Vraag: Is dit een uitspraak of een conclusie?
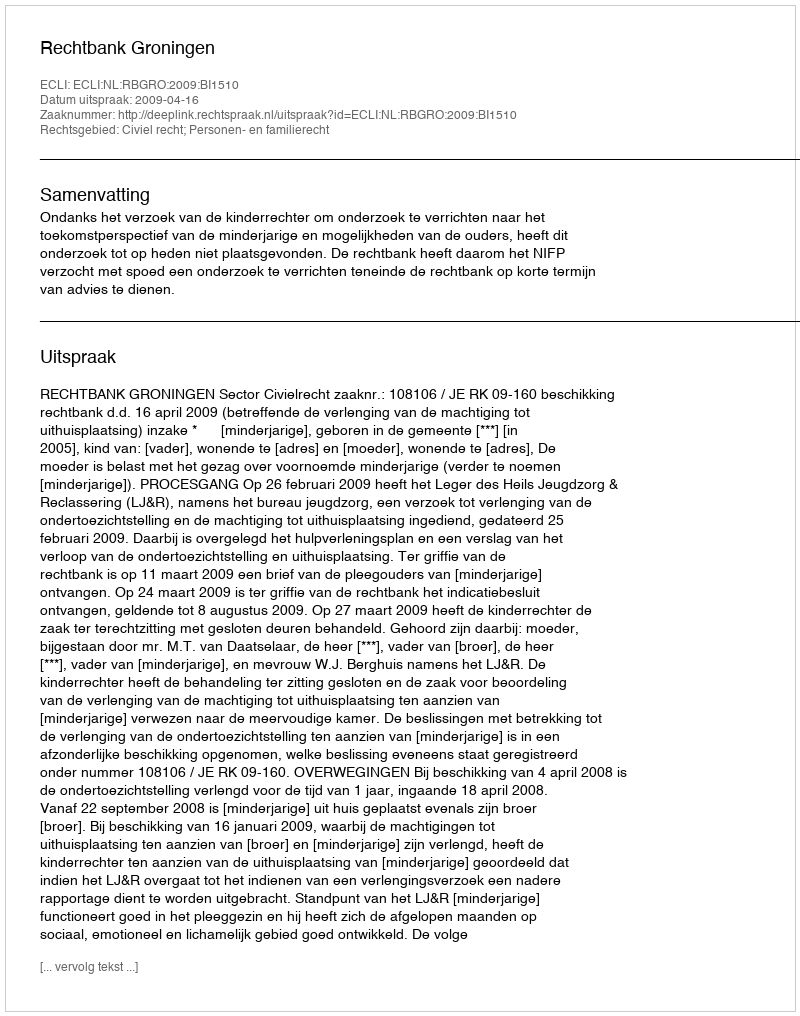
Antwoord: Uitspraak